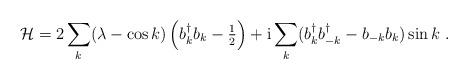
LaTeX: \begin{align*}\mathcal{H}=2\sum_{k} (\lambda-\cos k)\left (b_k^{\dag}b_{k}-\tfrac{1}{2}\right) +\mathrm{i} \sum_{k} ( b_{k}^{\dag}b_{-k}^{\dag} -b_{-k} b_{k})\sin k \ .\end{align*}